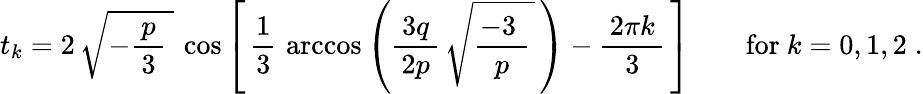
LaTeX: t_{k}=2\, {\sqrt{-{\frac{\, p\, }{3}}\; }}\, \cos\left[\, {\frac{1}{3}}\, \operatorname{arccos}\left({\frac{\, 3q\, }{2p}}\, {\sqrt{{\frac{-3\; }{p}}\, }}\, \right)-{\frac{\, 2\pi k\, }{3}}\, \right]\qquad{\mathrm{for}}~k=0,1,2\; .